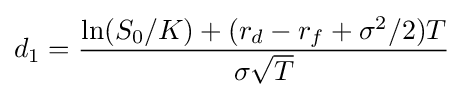
d_{1}={\frac {\ln(S_{0}/K)+(r_{d}-r_{f}+\sigma ^{2}/2)T}{\sigma {\sqrt {T}}}}